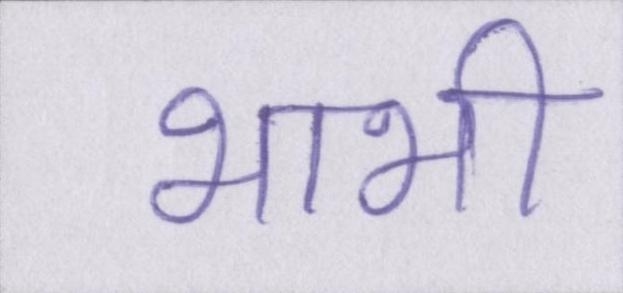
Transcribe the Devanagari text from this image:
भाभी